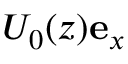
U _ { 0 } ( z ) \mathbf { e } _ { x }